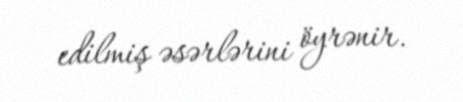
edilmiş əsərlərini öyrənir.